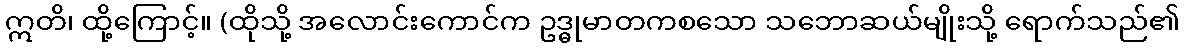
ဣတိ၊ ထို့ကြောင့်။ (ထိုသို့ အလောင်းကောင်က ဥဒ္ဓုမာတကစသော သဘောဆယ်မျိုးသို့ ရောက်သည်၏